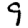
Digit: 9